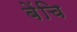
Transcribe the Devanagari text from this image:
बेंचि